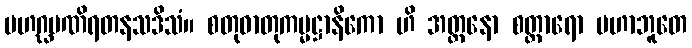
မဟဂ္ဃမဏိရတနသဒိသံ။ စတုဓာတုကမ္မဋ္ဌာနိကော ဟိ အတ္တနော စတ္တာရော မဟာဘူတေ